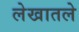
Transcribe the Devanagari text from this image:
लेखातले